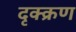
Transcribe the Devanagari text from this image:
दृक्क्रण